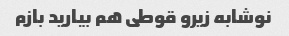
نوشابه زیرو قوطی هم بیارید بازم